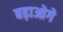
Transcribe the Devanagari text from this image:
बढ़ाओगे